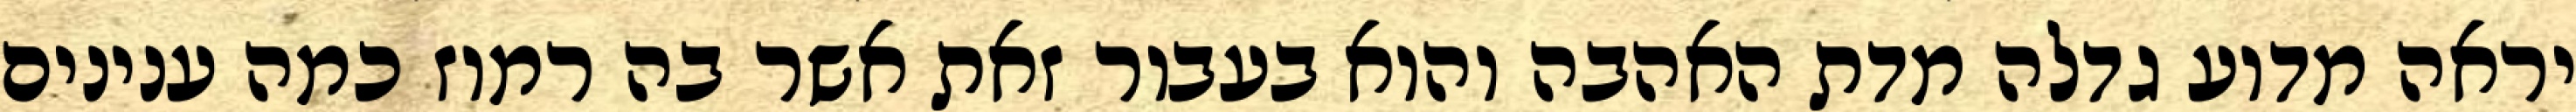
יראה מדוע גדלה מדת האהבה והוא בעבור זאת אשר בה רמוז כמה ענינים